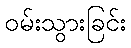
ဝမ်းသွားခြင်း